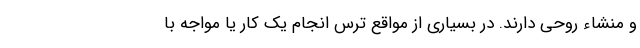
و منشاء روحی دارند. در بسیاری از مواقع ترس انجام یک کار یا مواجه با